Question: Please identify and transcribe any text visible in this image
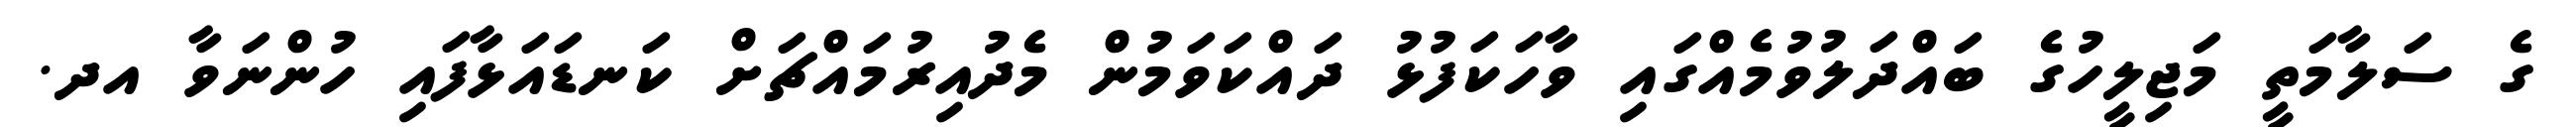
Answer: ގެ ސަލާމަތީ މަޖިލީހުގެ ބައްދަލުވުމެއްގައި ވާހަކަފުޅު ދައްކަވަމުން މެދުއިރުމައްޗަށް ކަނޑައަޅާފައި ހުންނަވާ އދ.